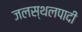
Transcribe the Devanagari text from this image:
जलस्थलपादी